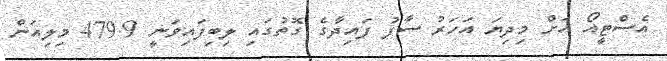
އެސްޓީއޯ އަށް މިދިޔަ އަހަރު ސާފު ފައިދާގެ ގޮތުގައި ލިބިފައިވަނީ 479.9 މިލިއަން